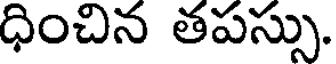
ధించిన తపస్సు.